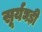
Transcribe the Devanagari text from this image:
सूर्यघड़ी